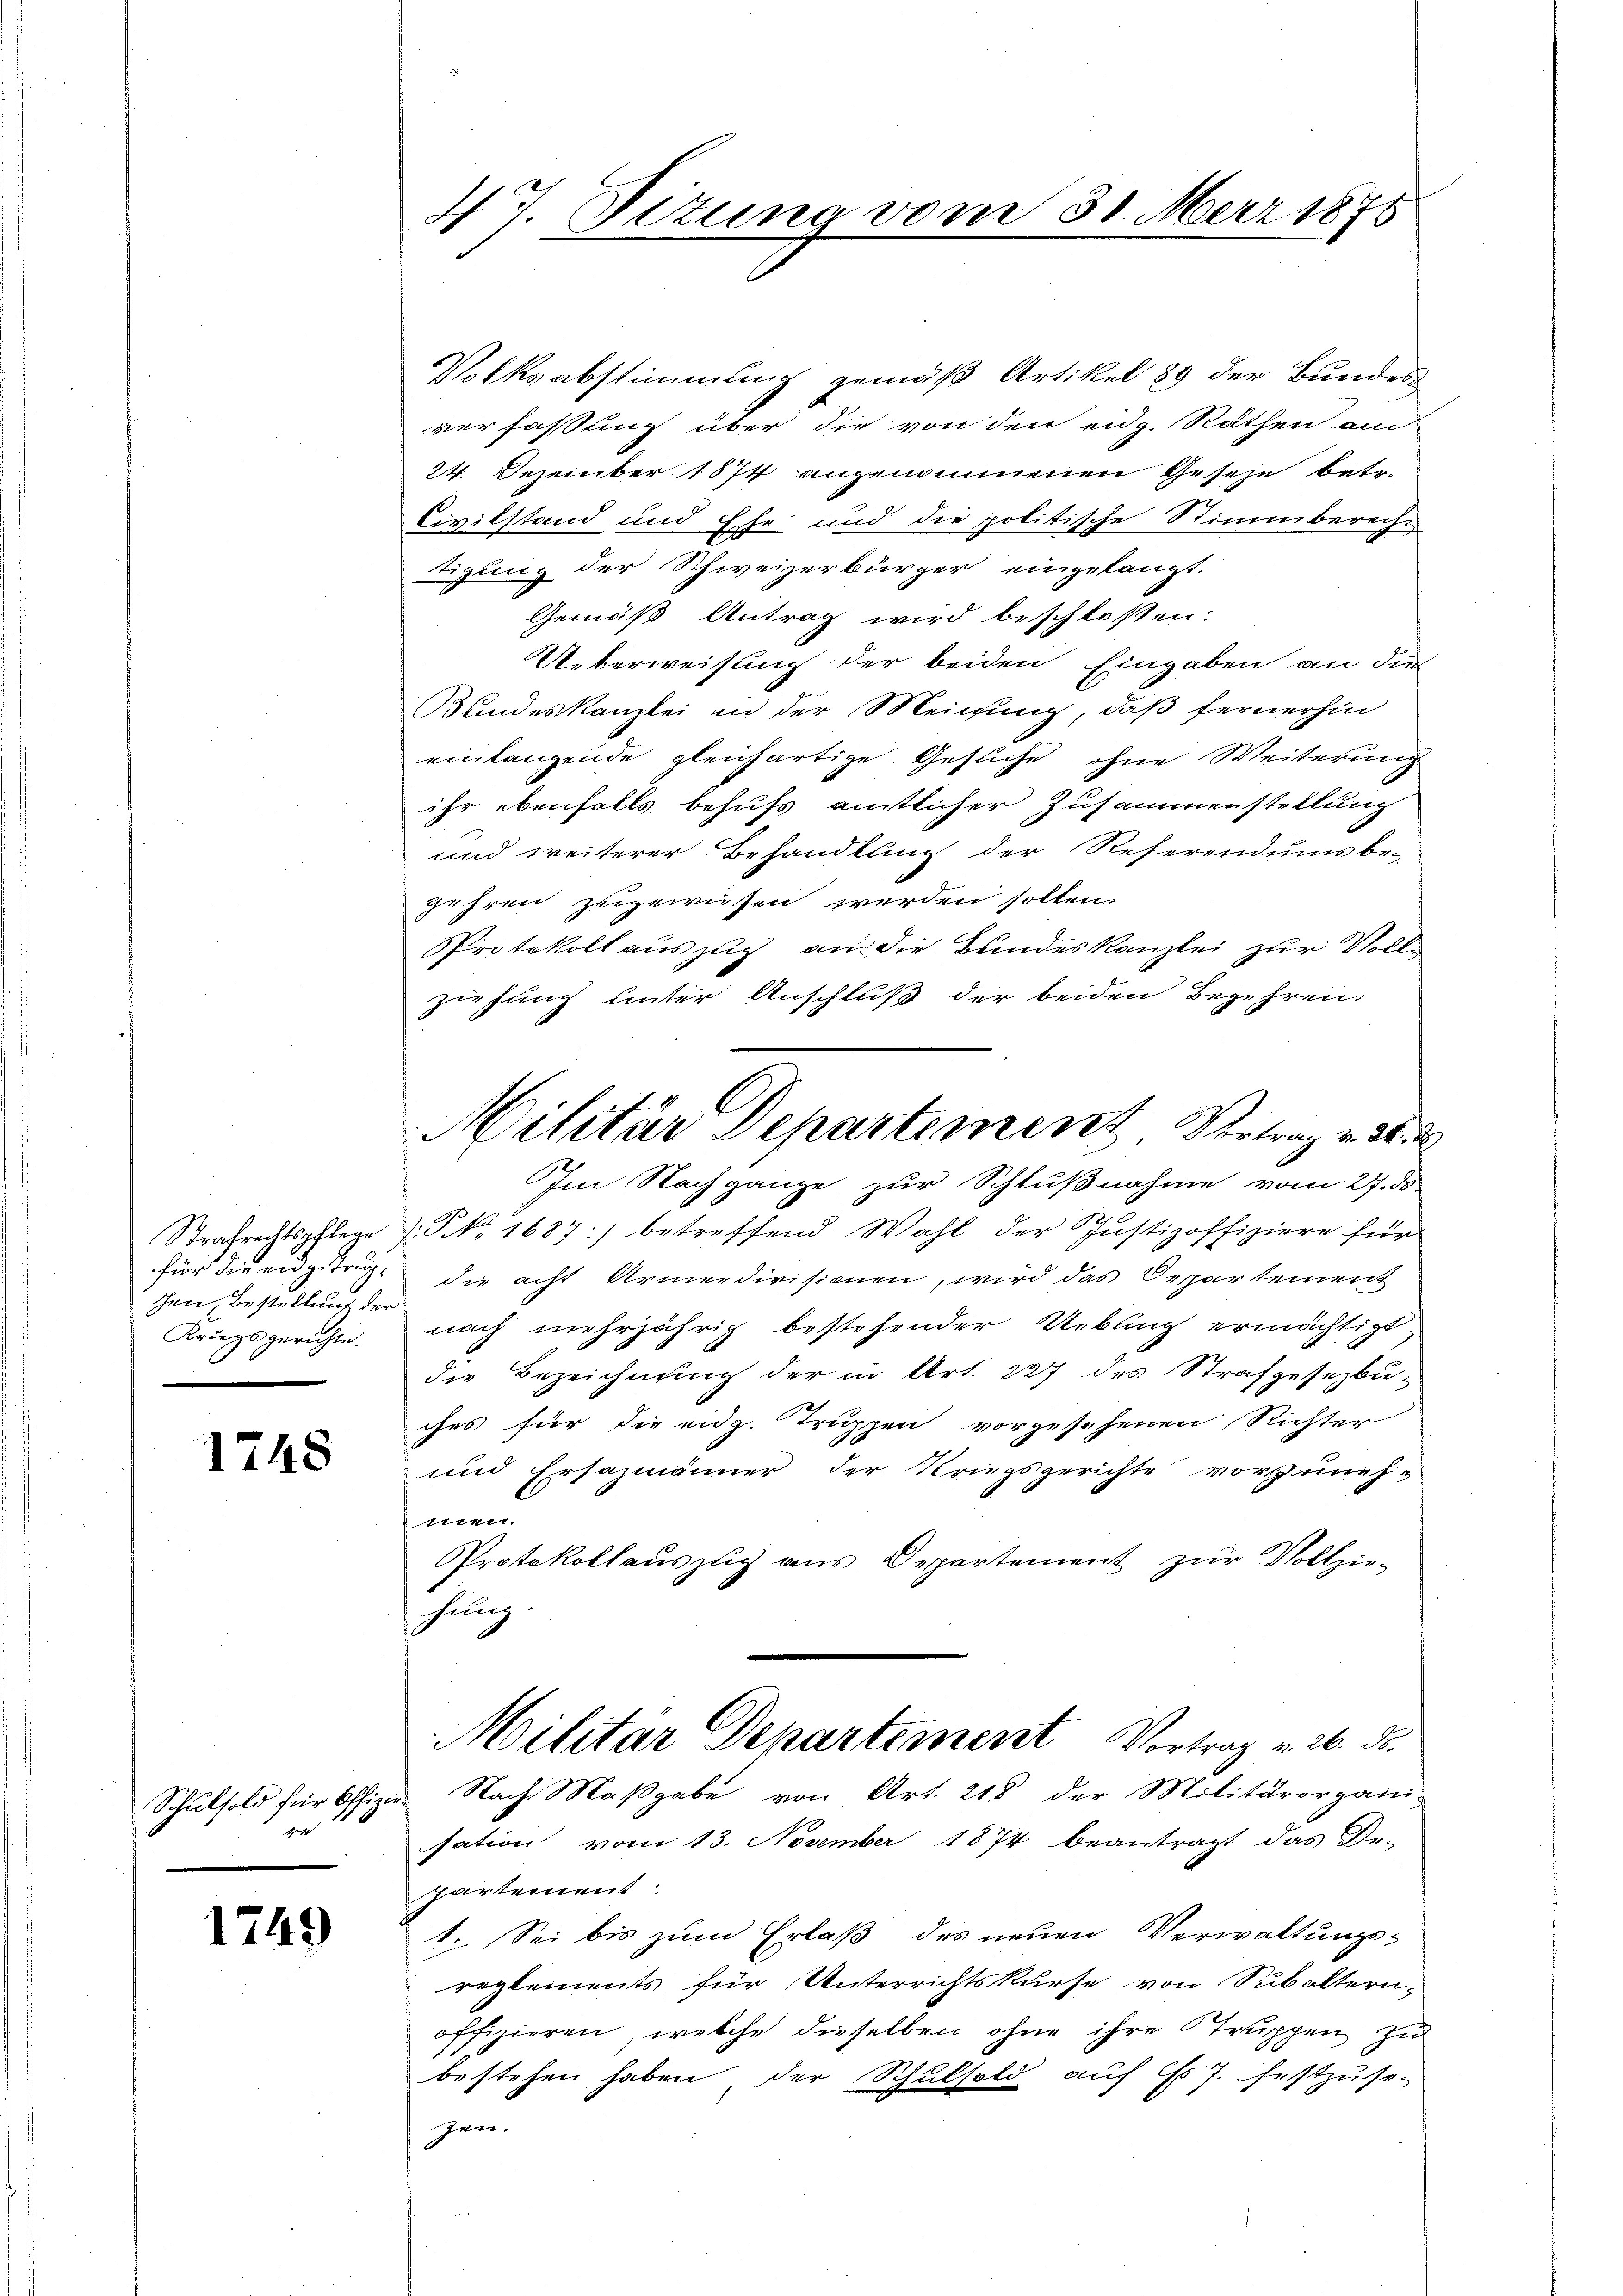
für die eidge trugchen, Bestellung der
Kriegsgerichte.

1248

Schulsold für Offizi
de

1749

47. Dezung

Volksabstimmung gemäß Artikel 89 der Bundes-
verfassung über die von den eidg. Räthen am
24. Dezember 1874 angenommenen Gesehe betr.
Civilstand und Ehe und die politische Stimmbereche
tizung der Schweizerbürger eingelangt.
Gemäß Antrag wird beschlossen:
Ueberweisung der beiden Eingaben an die
undeskanzlei in der Meichung, daß fernerhin
einlangende gleichartige Gesuche ohne Weiterung
ihr ebenfalls behufs amtlicher Zusammenstellung
und weiterer Behandlung der Referendums be-
gehren zugewiesen werden sollen.
Protokoll auszug an die Bundeskanzlei zur Vollziehung hinter Anschluß der beiden Begehren
Im Nachgange zur Schlußnahme vom 27. ds.
Strafrechtspflege s. S. 1687) betreffend Wahl der Justizoffiziere für
die acht Armendivisionen, wird das Departement
nach mehrjährig bestehender Uebung ermächtigt,
die Bezeichnung der in Art. 227 des Strafgesezbuches für die eidg. Truppen vorgesehenen Richter
und Ersazmänner der Kriegsgerichte vorzuneh-
siren.
Protokollauszug aus Departement zur Vollzie-
hung.
Militär Departiment Vortrag v. 26. ds.
Nach Maßgabe von Art. 218 der Militärorgani-
sation vom 13. November 1874 beantragt das De-
partement
1. Sei bis zum Erlaß des neuen Verwaltungs-
reglements für Unterrichtskurse von Subaltern,
offizieren, welche dieselben ohne ihre Truppen zu
bestehen haben, der Schulsold auf C 7. festzuse-
zen.

vom 30. März 1876

Militär Departement Vertrag v. 26.